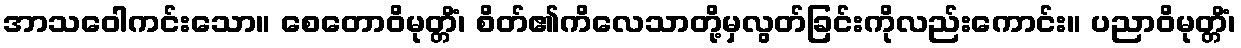
အာသဝေါကင်းသော။ စေတောဝိမုတ္တိံ၊ စိတ်၏ကိလေသာတို့မှလွတ်ခြင်းကိုလည်းကောင်း။ ပညာဝိမုတ္တိံ၊